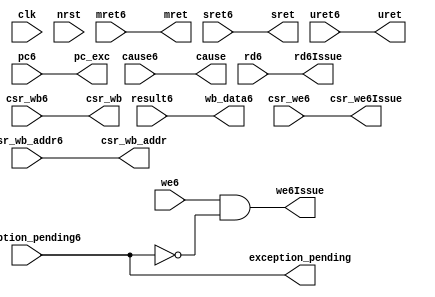
module commit_stage (
	input wire clk,
	input wire nrst,
	input wire [31:0] result6,
	input wire [4:0] rd6,
	input wire we6,
	input wire [31:0] pc6,
	input wire [31:0] csr_wb6,
	input wire [11:0] csr_wb_addr6,
	input wire csr_we6,
	input wire [31:0] cause6,
	input wire exception_pending6,
	input wire mret6,
	input wire sret6,
	input wire uret6,
	output wire [31:0] wb_data6,
	output wire [4:0] rd6Issue,
	output wire we6Issue,
	output wire [31:0] csr_wb,
	output wire [11:0] csr_wb_addr,
	output wire csr_we6Issue,
	output wire [31:0] pc_exc,
	output wire [31:0] cause,
	output wire exception_pending,
	output wire mret,
	output wire sret,
	output wire uret
);

	assign rd6Issue = rd6;
	assign we6Issue = we6 & ~exception_pending;
	assign wb_data6 = result6;
	assign csr_wb = csr_wb6;
	assign csr_wb_addr = csr_wb_addr6;
	assign csr_we6Issue = csr_we6;
	assign pc_exc = pc6;
	assign cause = cause6;
	assign exception_pending = exception_pending6;
	assign mret = mret6;
	assign sret = sret6;
	assign uret = uret6;
endmodule